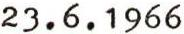
23.6.1966